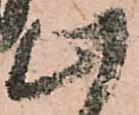
此